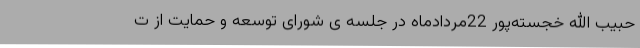
حبیب الله خجسته‌پور 22مردادماه در جلسه ی شورای توسعه و حمایت از ت